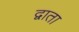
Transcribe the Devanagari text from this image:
द्वाता